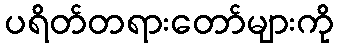
ပရိတ်တရားတော်များကို